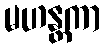
မဟန္တကာ